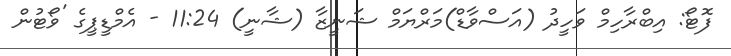
ފޮޓޯ: އިބްރާހިމް ވަހީދު (އަސްވާޑް)މަރްޔަމް ޝަނީޒާ (ޝާނީ) 11:24 - އެމްޑީޕީގެ 'ވޯޓުން